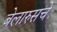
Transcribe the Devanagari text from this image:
बेलारुसचे